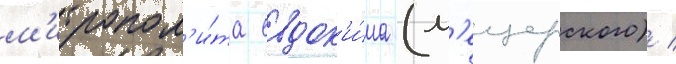
м'итропол'и́та евдок'и́ма (м'ещерского) /